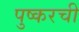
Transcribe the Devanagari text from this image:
पुष्करची